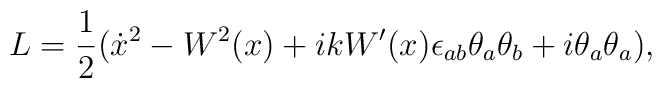
L=\frac{1}{2}(\dot{x}{}^2-W^2(x)+ikW'(x)\epsilon_{ab}\theta_a\theta_b+i\theta_a\theta_a),